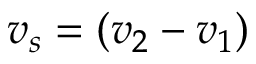
v _ { s } = \left( v _ { 2 } - v _ { 1 } \right)